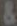
&